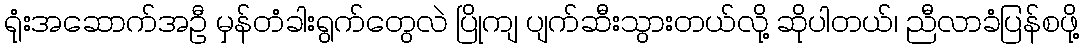
ရုံးအဆောက်အဦ မှန်တံခါးရွက်တွေလဲ ပြိုကျ ပျက်ဆီးသွားတယ်လို့ ဆိုပါတယ်၊ ညီလာခံပြန်စဖို့